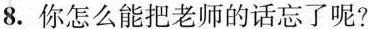
8.你怎么能把老师的话忘了呢？